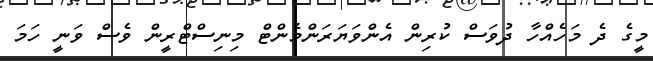
މީގެ ދެ މަހެއްހާ ދުވަސް ކުރިން އެންވަޔަރަންމެންޓް މިނިސްޓްރީން ވެސް ވަނީ ހަމަ